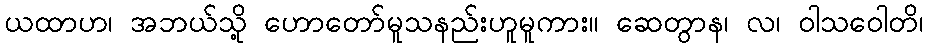
ယထာဟ၊ အဘယ်သို့ ဟောတော်မူသနည်းဟူမူကား။ ဆေတွာန၊ လ၊ ဝါသဝေါတိ၊